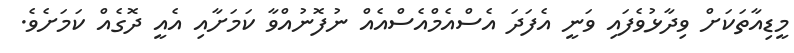
މީޑިއާތަަކަށް ވިދާޅުވެފައި ވަނީ އެފަދަ އެސްއެމްއެސްއެއް ނުފޮނުއްވާ ކަމަށާއި އެއީ ދޮގެއް ކަމަށެވެ.